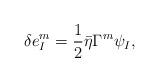
LaTeX: \begin{align*}\delta e^m_I=\frac{1}{2}\bar \eta \Gamma^m \psi_I,\end{align*}